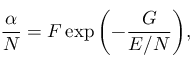
\frac { \alpha } { N } = F \exp { \left( - \frac { G } { E / N } \right) } ,